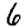
Digit: 6